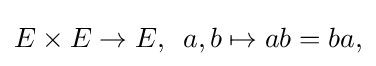
\displaystyle {E\times E\rightarrow E,\,\,\,a,b\mapsto ab=ba,}